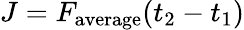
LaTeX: J=F_{\mathrm{average}}(t_{2}-t_{1})